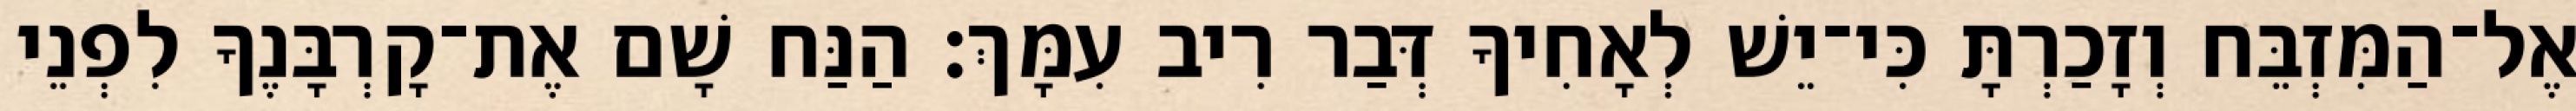
אֶל־הַמִּזְבֵּח וְזָכַרְתָּ כִּי־יֵשׁ לְאָחִיךָ דְּבַר רִיב עִמָּךְ׃ הַנַּח שָׁם אֶת־קָרְבָּנֶךָ לִפְנֵי